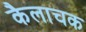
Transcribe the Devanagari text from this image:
कैलाचक